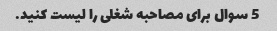
5 سوال برای مصاحبه شغلی را لیست کنید.